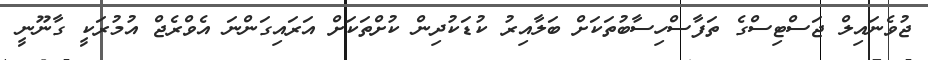
ޖުވެނައިލް ޖަސްޓިސްގެ ތަފާސްހިސާބުތަކަށް ބަލާއިރު ކުޑަކުދިން ކުށްތަކަށް އަރައިގަންނަ އެވްރެޖް އުމުރަކީ ގާނޫނީ